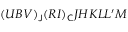
( U B V ) _ { \mathsf { J } } ( R I ) _ { \mathsf { C } } J H K L L ^ { \prime } M